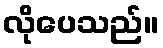
လိုပေသည်။